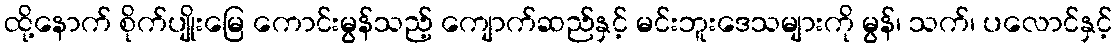
ထို့နောက် စိုက်ပျိုးမြေ ကောင်းမွန်သည့် ကျောက်ဆည်နှင့် မင်းဘူးဒေသများကို မွန်၊ သက်၊ ပလောင်နှင့်